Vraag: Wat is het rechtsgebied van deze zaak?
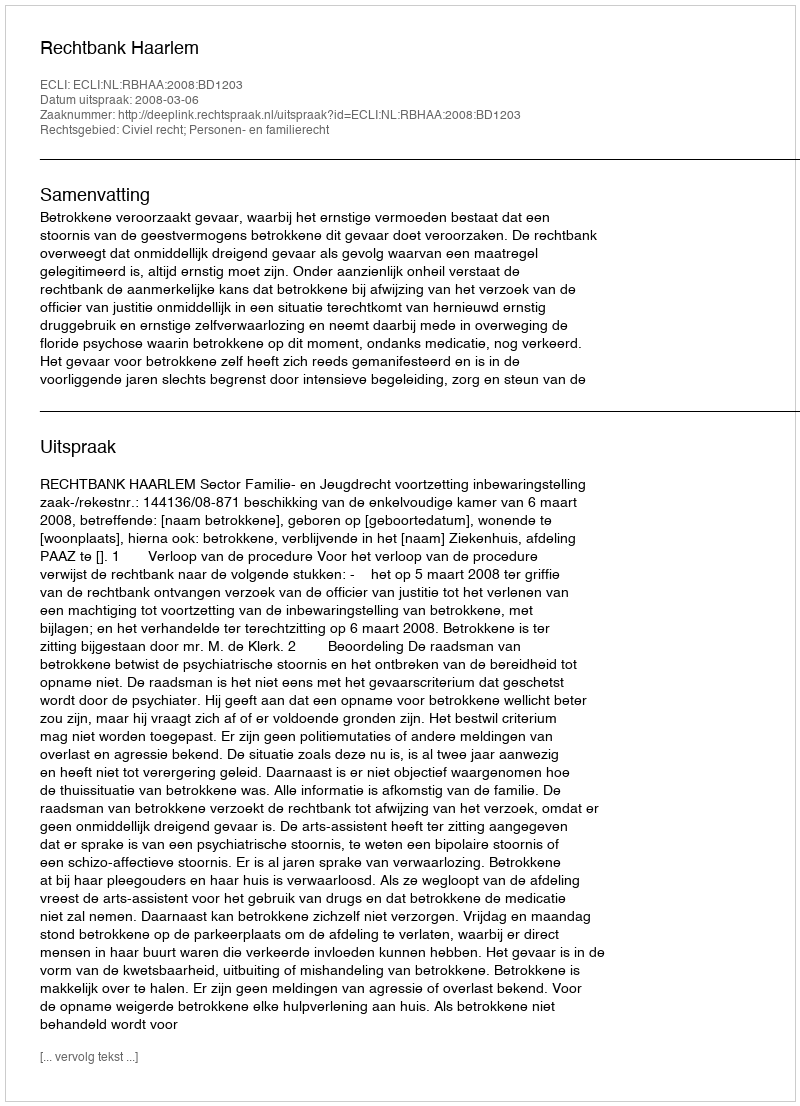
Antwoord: Civiel recht; Personen- en familierecht